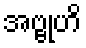
အဗ္ဗုဟိ